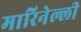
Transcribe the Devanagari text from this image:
मारिनेल्ली